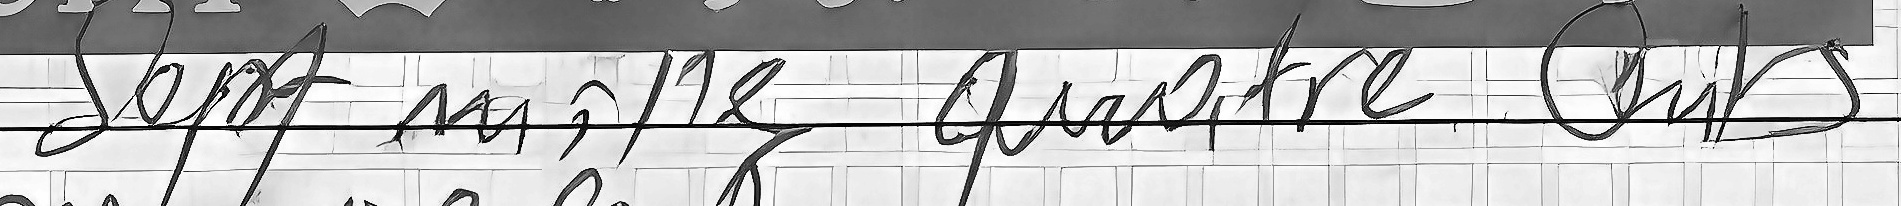
Sept mille quatre cent